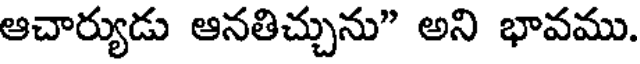
ఆచార్యుడు ఆనతిచ్చును" అని భావము.